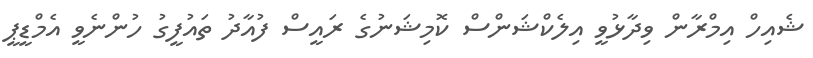
ޝެއިހް އިމްރާން ވިދާޅުވީ އިލެކްޝަންސް ކޮމިޝަނުގެ ރައީސް ފުއާދު ތައުފީގު ހުންނެވީ އެމްޑީޕީ